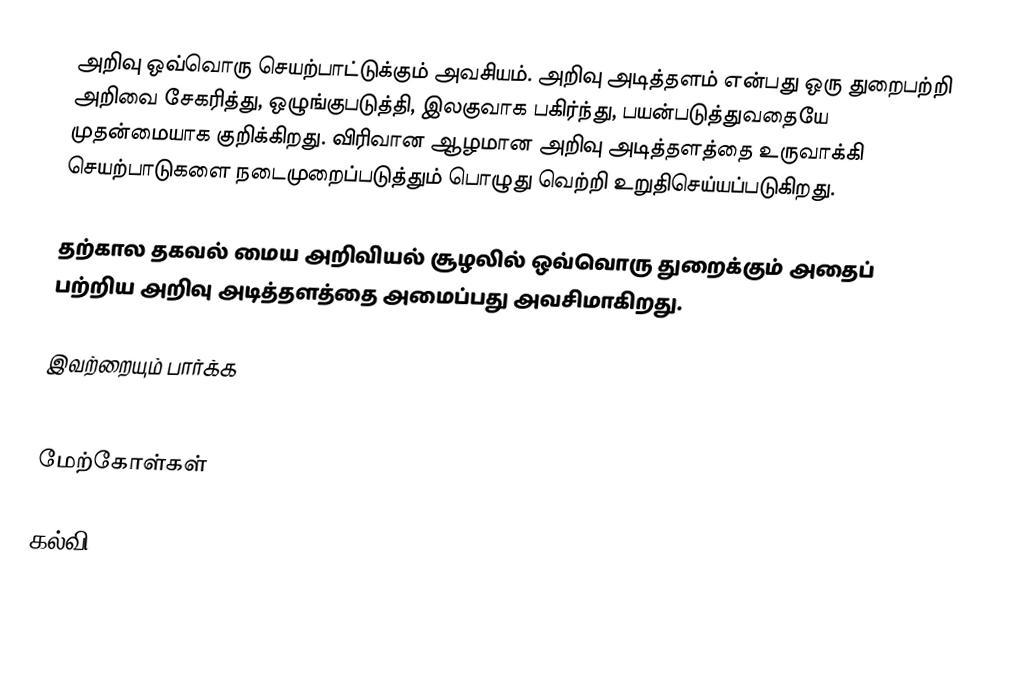
அறிவு ஒவ்வொரு செயற்பாட்டுக்கும் அவசியம்.  அறிவு அடித்தளம் என்பது ஒரு துறைபற்றி அறிவை சேகரித்து, ஒழுங்குபடுத்தி, இலகுவாக பகிர்ந்து, பயன்படுத்துவதையே முதன்மையாக குறிக்கிறது.  விரிவான ஆழமான அறிவு அடித்தளத்தை உருவாக்கி செயற்பாடுகளை நடைமுறைப்படுத்தும் பொழுது வெற்றி உறுதிசெய்யப்படுகிறது.

தற்கால தகவல் மைய அறிவியல் சூழலில் ஒவ்வொரு துறைக்கும் அதைப் பற்றிய அறிவு அடித்தளத்தை அமைப்பது அவசிமாகிறது.

இவற்றையும் பார்க்க
 :en:Knowledge base

மேற்கோள்கள்

கல்வி